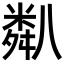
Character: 𥻋